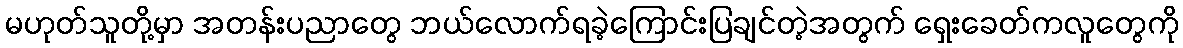
မဟုတ်သူတို့မှာ အတန်းပညာတွေ ဘယ်လောက်ရခဲ့ကြောင်းပြချင်တဲ့အတွက် ရှေးခေတ်ကလူတွေကို